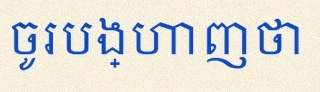
ចូរបង្ហាញថា